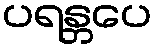
ပရန္တပေ